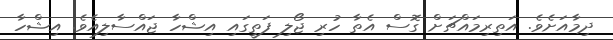
ދިމާއަށެވެ. އަތިރިމައްޗަށް ގޮސް އެތާ ހުރި ޖޯލި ފަތީގައި އިޝްހާ ޖައްސާލިއެވެ. އިޝްހާ